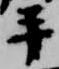
手